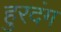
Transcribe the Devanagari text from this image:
हुरदंग